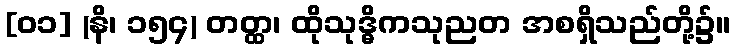
[၀၁] (နိ၊ ၁၅၄) တတ္ထ၊ ထိုသုဒ္ဓိကသုညတ အစရှိသည်တို့၌။